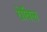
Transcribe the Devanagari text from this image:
रोविल